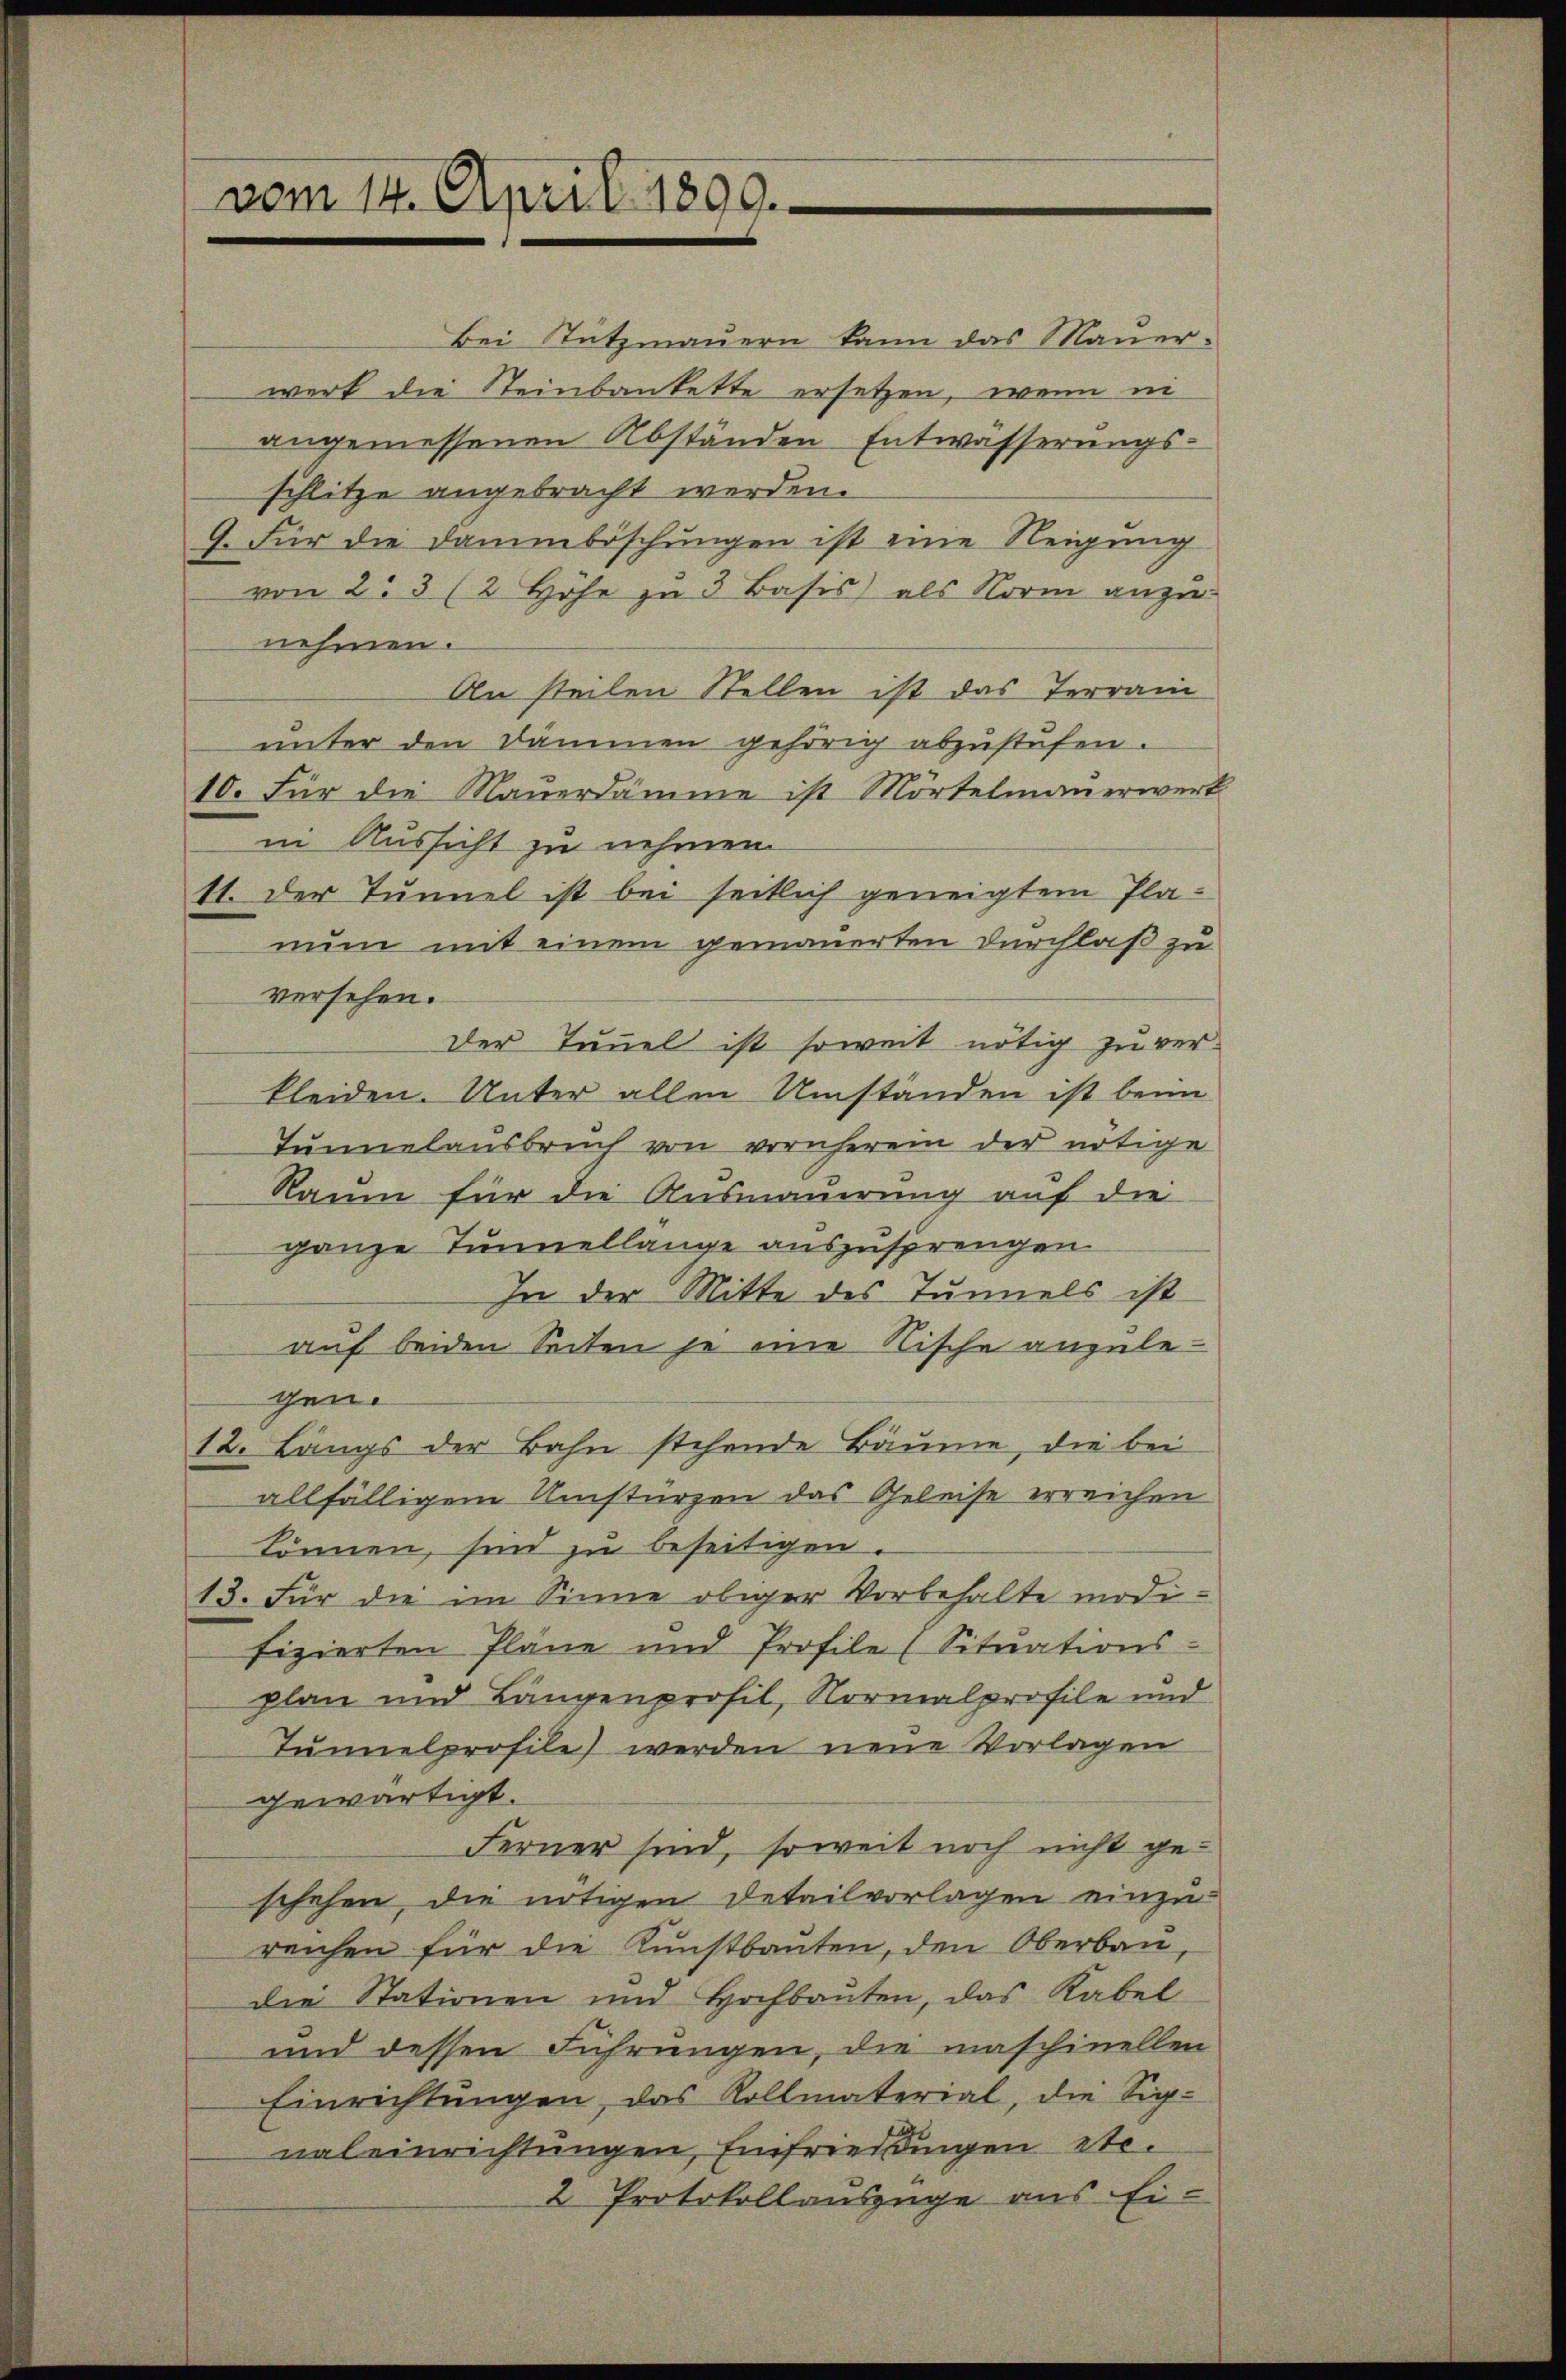
vom 14. April 1890.

Bei Tützmauern kann das Mauer-
werk die Steinbankette ersetzen, wenn in
angemessenen Abständen Entwässerungs-
schlitze angebracht werden.
9. Für die Dammböschungen ist eine Neigung
von 2. 3 (2 Höhe zu 3 Basis als Norm anzu-
nehmen.
An steilen Stellen ist das Terrain
unter den Dämmen gehörig abzustufen.
10. Für die Mauerdämme ist Mörtelmauerwert
in Aussicht zu nehmen
11. Der Tunnel ist bei seitlich geneigtem Planum mit einem gemauerten Durchlaß zu
versehen.
Der Täuel ist soweit nötig zu verkleiden. Unter allen Umständen ist beim
Tunnelausbruch von vornherein der nötige
Raum für die Ausmauerung auf die
ganze Tunnellange auszusprengen.
In der Mitte des Tunnels ist
auf beiden Seiten je eine Rische anzulegen.
12. Längs der Bahn stehende Bäume, die bei
allfälligem Umstürzen das Geleise erreichen
können, sind zu beseitigen.
13. Für die im Sinne obiger Vorbehalte modi-
fizierten Pläne und Profile (Sitŭations-
plan und Längenprofil, Normalprofile und
Tunnelprofile) werden neue Vorlagen
gewärtigt.
Ferner sind, soweit noch nicht geschehen, die nötigen Detailvorlagen einzu
reichen für die Kunstbauten, den Oberbau,
die Stationen und Hochbauten, das Kabel
und dessen Führungen, die maschinellen
Einrichtungen, das Kollmaterial, die Signaleinrichtungen, Einfriedingen etc.
2 Protokollauszüge aus Ei¬